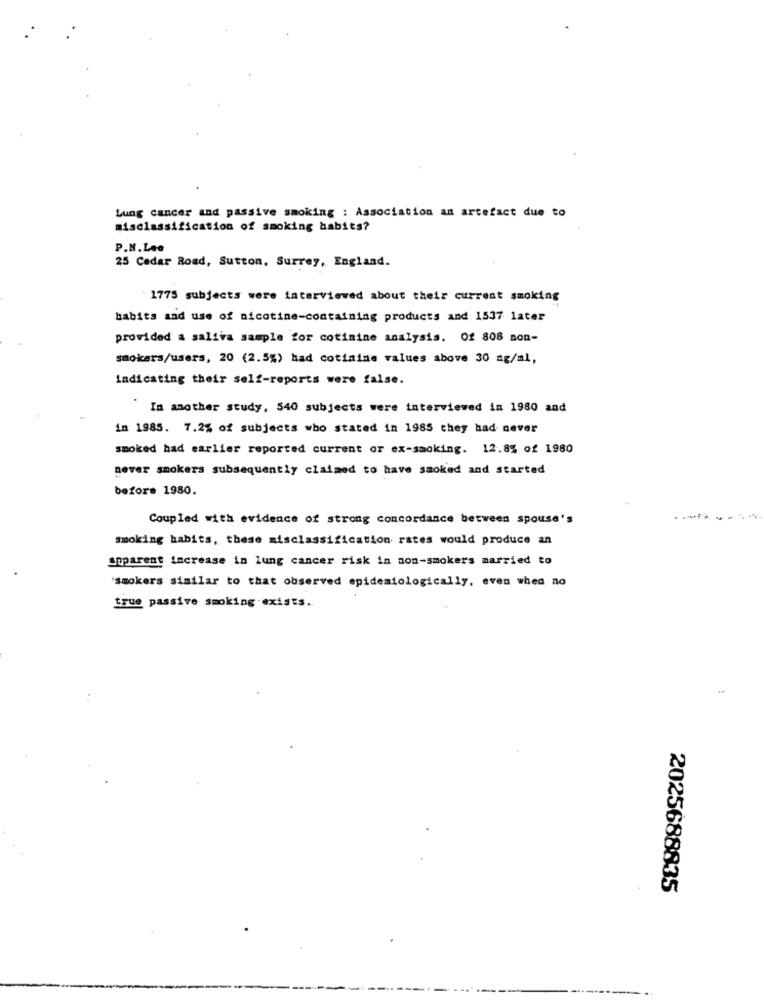
Lung cancer and passive smoking : Association an artefact due to
misclassification of smoking habits?
P.N. Lee
25 Cedar Road, Sutton, Surrey, England.
1775 subjects were interviewed about their current smoking
habits and use of nicotine-containing products and 1537 later
provided a saliva sample for cotimine analysis. Of 808 non-
smokers/users, 20 (2.5%) had cotinine values above 30 ag/ml,
indicating their self-reports were false.
In another study, 540 subjects were interviewed in 1980 and
in 1985. 7.2% of subjects who stated in 1985 they had never
smoked had earlier reported current or ex-sacking. 12.8% of 1980
never smokers subsequently claimed to have smoked and started
before 1980.
Coupled with evidence of strong concordance between spouse's
......
smoking habits, these misclassification rates would produce an
apparent increase in lung cancer risk in non-smokers married to
'smokers similar to that observed epidemiologically, even when no
true passive smoking exists.
2025688835